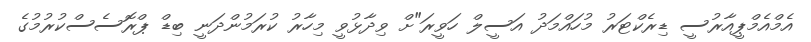
އެމްއެމްޕީއާރުސީ ޑިރެކްޓަރު މުހައްމަދު އަސީލް ހަވީރަ"ށް ވިދާޅުވީ މިހާރު ކުރަމުންދަނީ ބިޑް ޕްރޮސެސްކުރުމުގެ